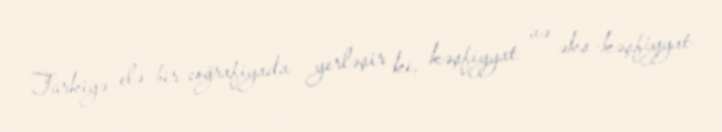
Türkiyə elə bir coğrafiyada yerləşir ki, kəşfiyyat və əks-kəşfiyyat